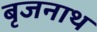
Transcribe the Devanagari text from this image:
बृजनाथ